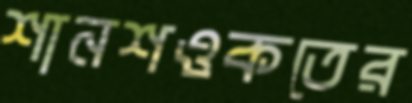
শানশওকতের